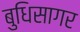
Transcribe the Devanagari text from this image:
बुधिसागर